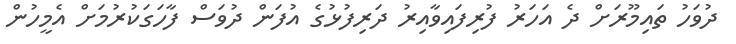
ދުވަހު ތައިމޫރަށް ދެ އަހަރު ފުރިފައިވާއިރު ދަރިފުޅުގެ އުފަން ދުވަސް ފާހަގަކުރުމަށް އެމީހުން